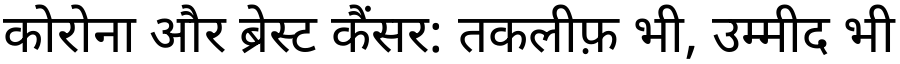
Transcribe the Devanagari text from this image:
कोरोना और ब्रेस्ट कैंसर: तकलीफ़ भी, उम्मीद भी